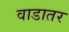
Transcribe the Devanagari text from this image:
वाडातर